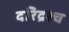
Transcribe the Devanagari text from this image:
दरिद्रश्च